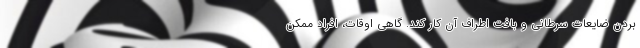
بردن ضایعات سرطانی و بافت اطراف آن کار کند. گاهی اوقات، افراد ممکن